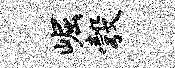
崛彀